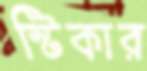
স্টিকার